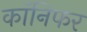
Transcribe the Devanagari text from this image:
कॉनिफर